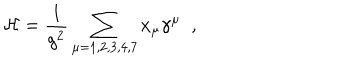
{ \cal H } = \frac { 1 } { g ^ { 2 } } \sum _ { \mu = 1 , 2 , 3 , 4 , 7 } x _ { \mu } \gamma ^ { \mu } \; \; ,